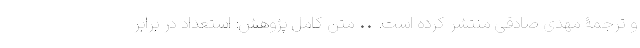
و ترجمۀ مهدی صادقی منتشر کرده است. •• متن کامل پژوهش: استعداد در برابر